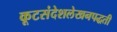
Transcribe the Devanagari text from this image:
कूटसंदेशलेखनपद्धती